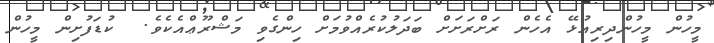
މީހުން މީހުންދިރިއުޅޭ އެހެން ރަށްރަށަށް ބަދަލުކުރެއްވުމަށް ހިންގެވި މަޝްރޫޢްއެކެވެ.  ކުޑަފުށިން މީހުން